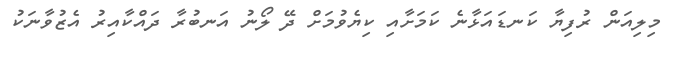
މިލިއަން ރުފިޔާ ކަނޑައަޅާނެ ކަމަށާއި ކިޔެވުމަށް ދޭ ލޯނު އަނބުރާ ދައްކާއިރު އެޒުވާނަކު